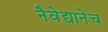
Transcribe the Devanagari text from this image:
नैवेद्यानेच